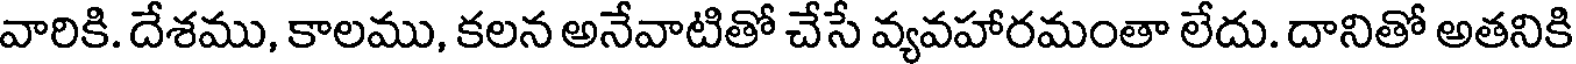
వారికి. దేశము, కాలము, కలన అనేవాటితో చేసే వ్యవహారమంతా లేదు. దానితో అతనికి